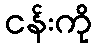
ငန်းကို